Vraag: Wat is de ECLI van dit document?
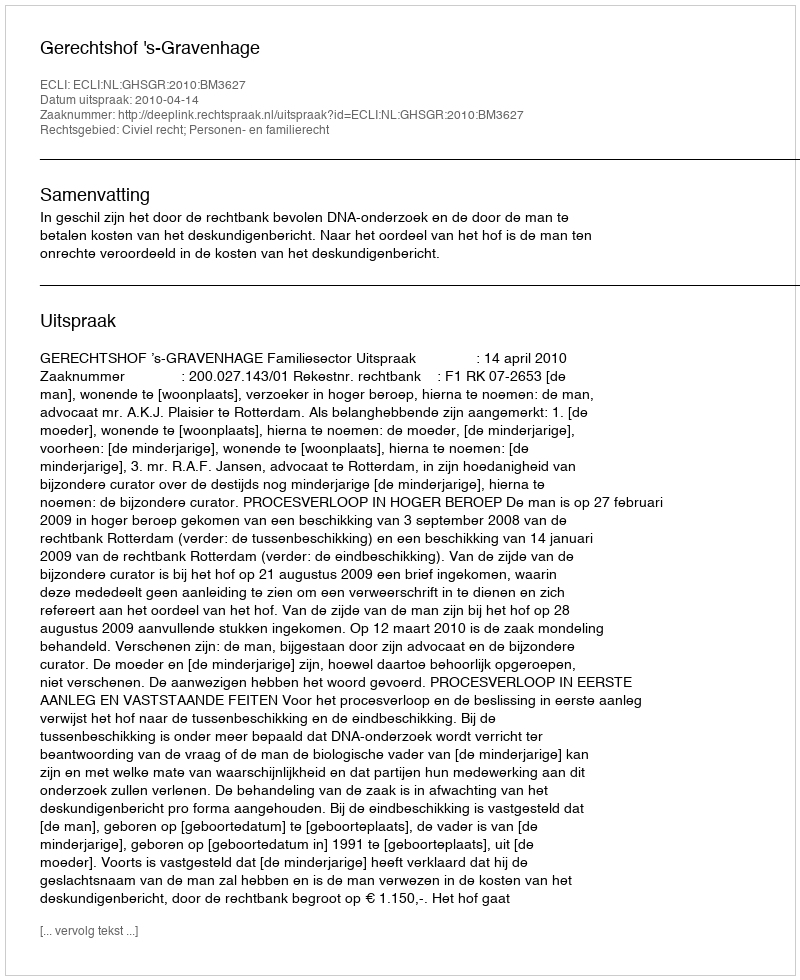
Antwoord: ECLI:NL:GHSGR:2010:BM3627